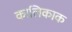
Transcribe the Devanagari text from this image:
कालिकाक